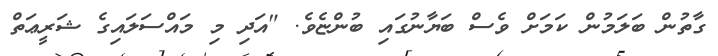
ގާތުން ބަލަމުން ކަމަށް ވެސް ބަޔާނުގައި ބުންޏެވެ. "އަދި މި މައްސަލައިގެ ޝަރީޢަތް